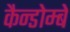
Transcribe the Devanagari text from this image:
कैन्डोम्बे